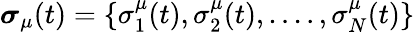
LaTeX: \boldsymbol\sigma_{\mu}(t)=\{ \sigma_{1}^{\mu}(t),\sigma_{2}^{\mu}(t),....,\sigma_{N}^{\mu}(t)\}